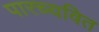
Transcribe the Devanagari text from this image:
पारच्यवित